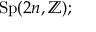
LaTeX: \operatorname { S p } ( 2 n , \mathbb { Z } ) ;